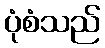
ပုံစံသည်